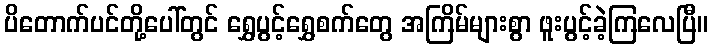
ပိတောက်ပင်တို့ပေါ်တွင် ရွှေပွင့်ရွှေစက်တွေ အကြိမ်များစွာ ဖူးပွင့်ခဲ့ကြလေပြီ။